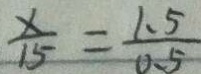
\frac { x } { 1 5 } = \frac { 1 . 5 } { 0 . 5 }